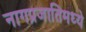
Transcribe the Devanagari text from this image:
नागप्रजातिमध्ये